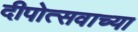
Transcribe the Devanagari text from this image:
दीपोत्सवाच्या